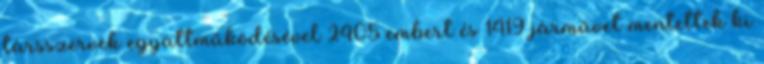
társszervek együttműködésével 2405 embert és 1419 járművet mentettek ki